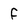
Character: f